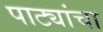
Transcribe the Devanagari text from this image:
पाट्यांचा